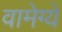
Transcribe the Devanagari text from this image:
वामेग्ये